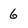
Character: 6